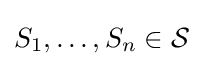
S_{1},\ldots ,S_{n}\in {\mathcal {S}}